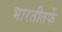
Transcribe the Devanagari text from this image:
भारतीतर्फे